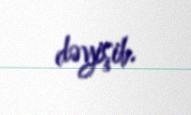
dəyişib.